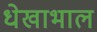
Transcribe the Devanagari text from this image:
धेखाभाल